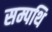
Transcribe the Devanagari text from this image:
सम्पथि